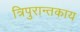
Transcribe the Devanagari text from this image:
त्रिपुरान्तकाय